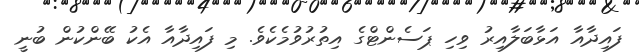
ފައިދާއާ އަޅާބަލާއިރު ވިހި ޕަސެންޓްގެ އިތުރުވުމެކެވެ. މި ފައިދާއާ އެކު ބޭންކުން ބުނީ